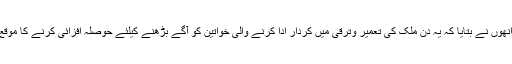
اپنے پیغام میں انھوں نے بتایا کہ یہ دن ملک کی تعمیر وترقی میں کردار ادا کرنے والی خواتین کو آگے بڑھنے کیلئے حوصلہ افزائی کرنے کا موقع فراہم کرتا ہے۔